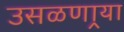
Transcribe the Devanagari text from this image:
उसळणार्‍या